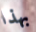
بهذا